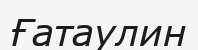
Ғатаулин